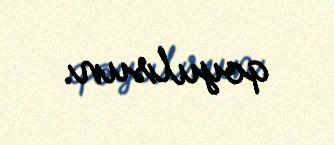
qoyulsun.